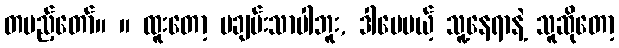
တပည့်တော်။ ။ ထူးတော့ မချမ်းသာပါဘူး, ဒါပေမယ့် သူ့နေရာနဲ့ သူဆိုတော့